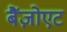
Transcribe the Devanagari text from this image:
बैंज़ोएट